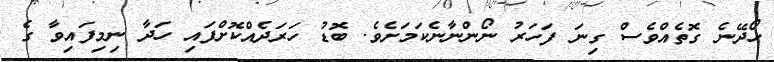
ހޯދޭނެ ގޮތެއްވެސް ގިނަ ފަހަރު ނޯންނާނެކަމަށެވެ. ބޮޑު ހަރަދެއްކޮށްފައި ހަދާ ނިމިފައިވާ ގެ